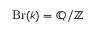
\operatorname { B r } ( k ) = \mathbb { Q } / \mathbb { Z }